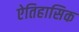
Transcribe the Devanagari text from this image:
ऐतिहासिक